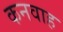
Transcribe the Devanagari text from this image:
कनवाह